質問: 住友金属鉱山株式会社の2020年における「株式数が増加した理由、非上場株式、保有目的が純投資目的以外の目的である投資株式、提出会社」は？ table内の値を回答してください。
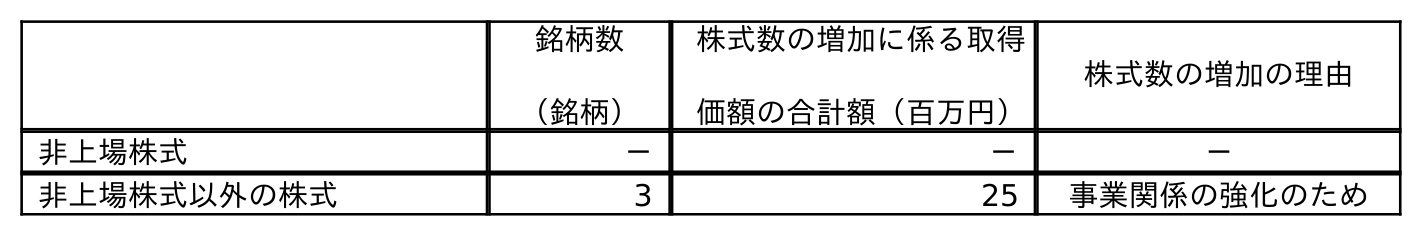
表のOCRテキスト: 銘柄数 （銘柄） 株式数の増加に係る取得 価額の合計額（百万円） 株式数の増加の理由 非上場株式 － － － 非上場株式以外の株式 3 25 事業関係の強化のため
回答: －